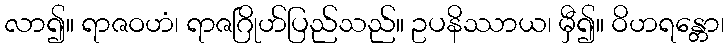
လာ၍။ ရာဇဝဟံ၊ ရာဇဂြိုဟ်ပြည်သည်။ ဥပနိဿာယ၊ မှီ၍။ ဝိဟရန္တော၊